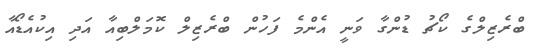
ބްރެޒިލްގެ ކޯޗު ޑުންގާ ވަނީ އެންމެ ފަހުން ބްރެޒިލް ކޮމަލްބިއާ އަދި އިކުއެޑޯއާ